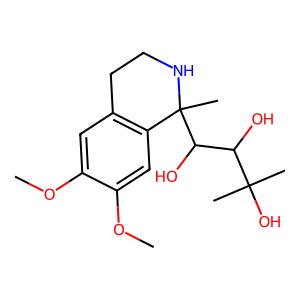
SMILES: COc1cc2c(cc1OC)C(C)(C(O)C(O)C(C)(C)O)NCC2
Inhibits HIV replication: No